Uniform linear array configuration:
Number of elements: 16
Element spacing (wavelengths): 1
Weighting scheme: uniform
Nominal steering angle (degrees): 0
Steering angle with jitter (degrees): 0.493
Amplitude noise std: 0.05
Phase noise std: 0.05

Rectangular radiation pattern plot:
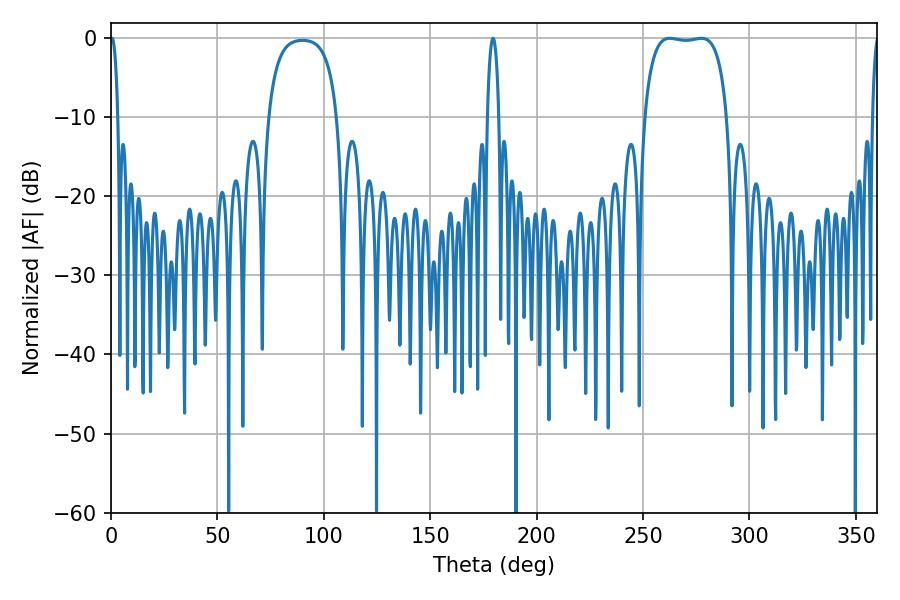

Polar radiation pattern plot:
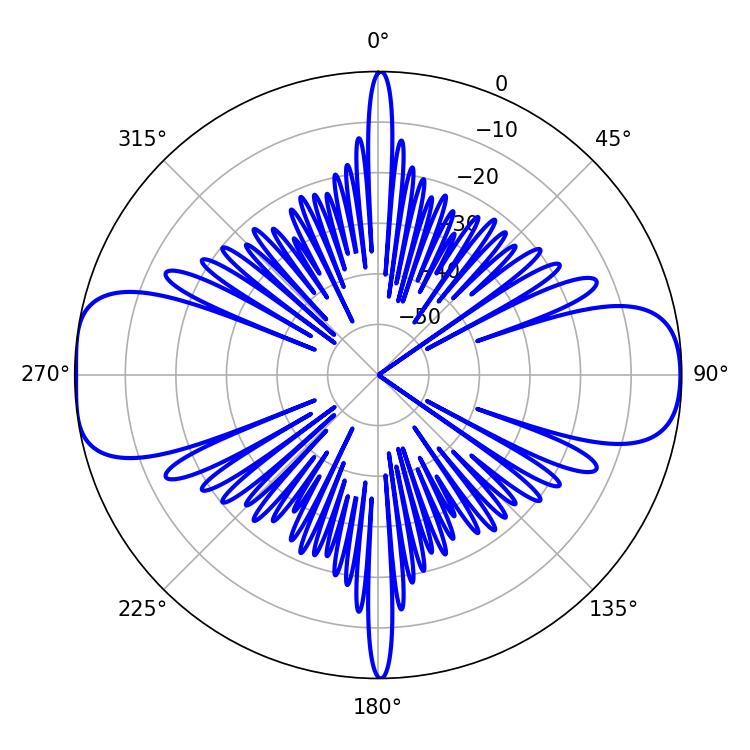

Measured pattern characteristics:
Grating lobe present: TRUE
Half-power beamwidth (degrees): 30.96
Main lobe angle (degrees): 262.62